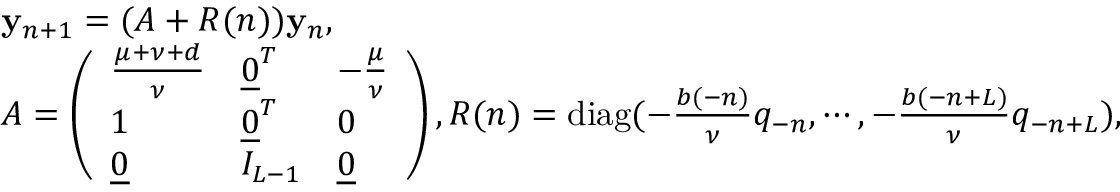
\begin{array} { r l } & { \mathbf { y } _ { n + 1 } = ( A + R ( n ) ) \mathbf { y } _ { n } , } \\ & { A = \left( \begin{array} { l l l } { \frac { \mu + \nu + d } { \nu } } & { \underline { { 0 } } ^ { T } } & { - \frac { \mu } { \nu } } \\ { 1 } & { \underline { { 0 } } ^ { T } } & { 0 } \\ { \underline { { 0 } } } & { I _ { L - 1 } } & { \underline { { 0 } } } \end{array} \right) , R ( n ) = \mathrm { d i a g } ( - \frac { b ( - n ) } { \nu } q _ { - n } , \cdots , - \frac { b ( - n + L ) } { \nu } q _ { - n + L } ) , } \end{array}